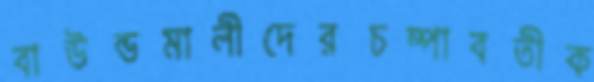
বাউন্ডমালীদেরচম্পাবতীক